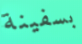
بسفينة